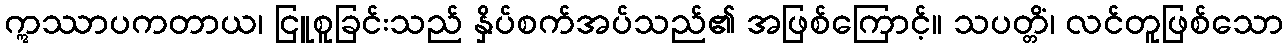
ဣဿာပကတာယ၊ ငြူစူခြင်းသည် နှိပ်စက်အပ်သည်၏ အဖြစ်ကြောင့်။ သပတ္တိံ၊ လင်တူဖြစ်သော